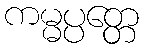
ကမ္မပ္ပတ္တေ